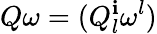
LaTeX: Q\omega=(Q_{l}^{\mathbf{i}}\omega^{l})